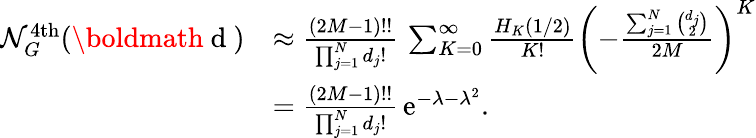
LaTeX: \begin{array}{rl}{\mathcal{N}_{G}^{\mathrm{4th}}(\mathrm{\boldmath~d~})}&{\approx\frac{(2M-1)!!}{\prod_{j=1}^{N}d_{j}!}\, \sum_{K=0}^{\infty}\frac{H_{K}\left(1/2\right)}{K!}\left(-\frac{\sum_{j=1}^{N}\binom{d_{j}}{2}}{2M}\right)^{K}}\\ &{=\frac{(2M-1)!!}{\prod_{j=1}^{N}d_{j}!}\, \mathrm{e}^{-\lambda-\lambda^{2}}.}\end{array}